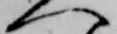
へ